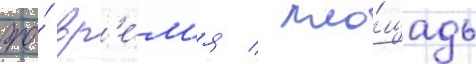
же́ вр'е́м'я / пло́щадь